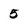
Character: 5